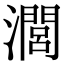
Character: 𤁵